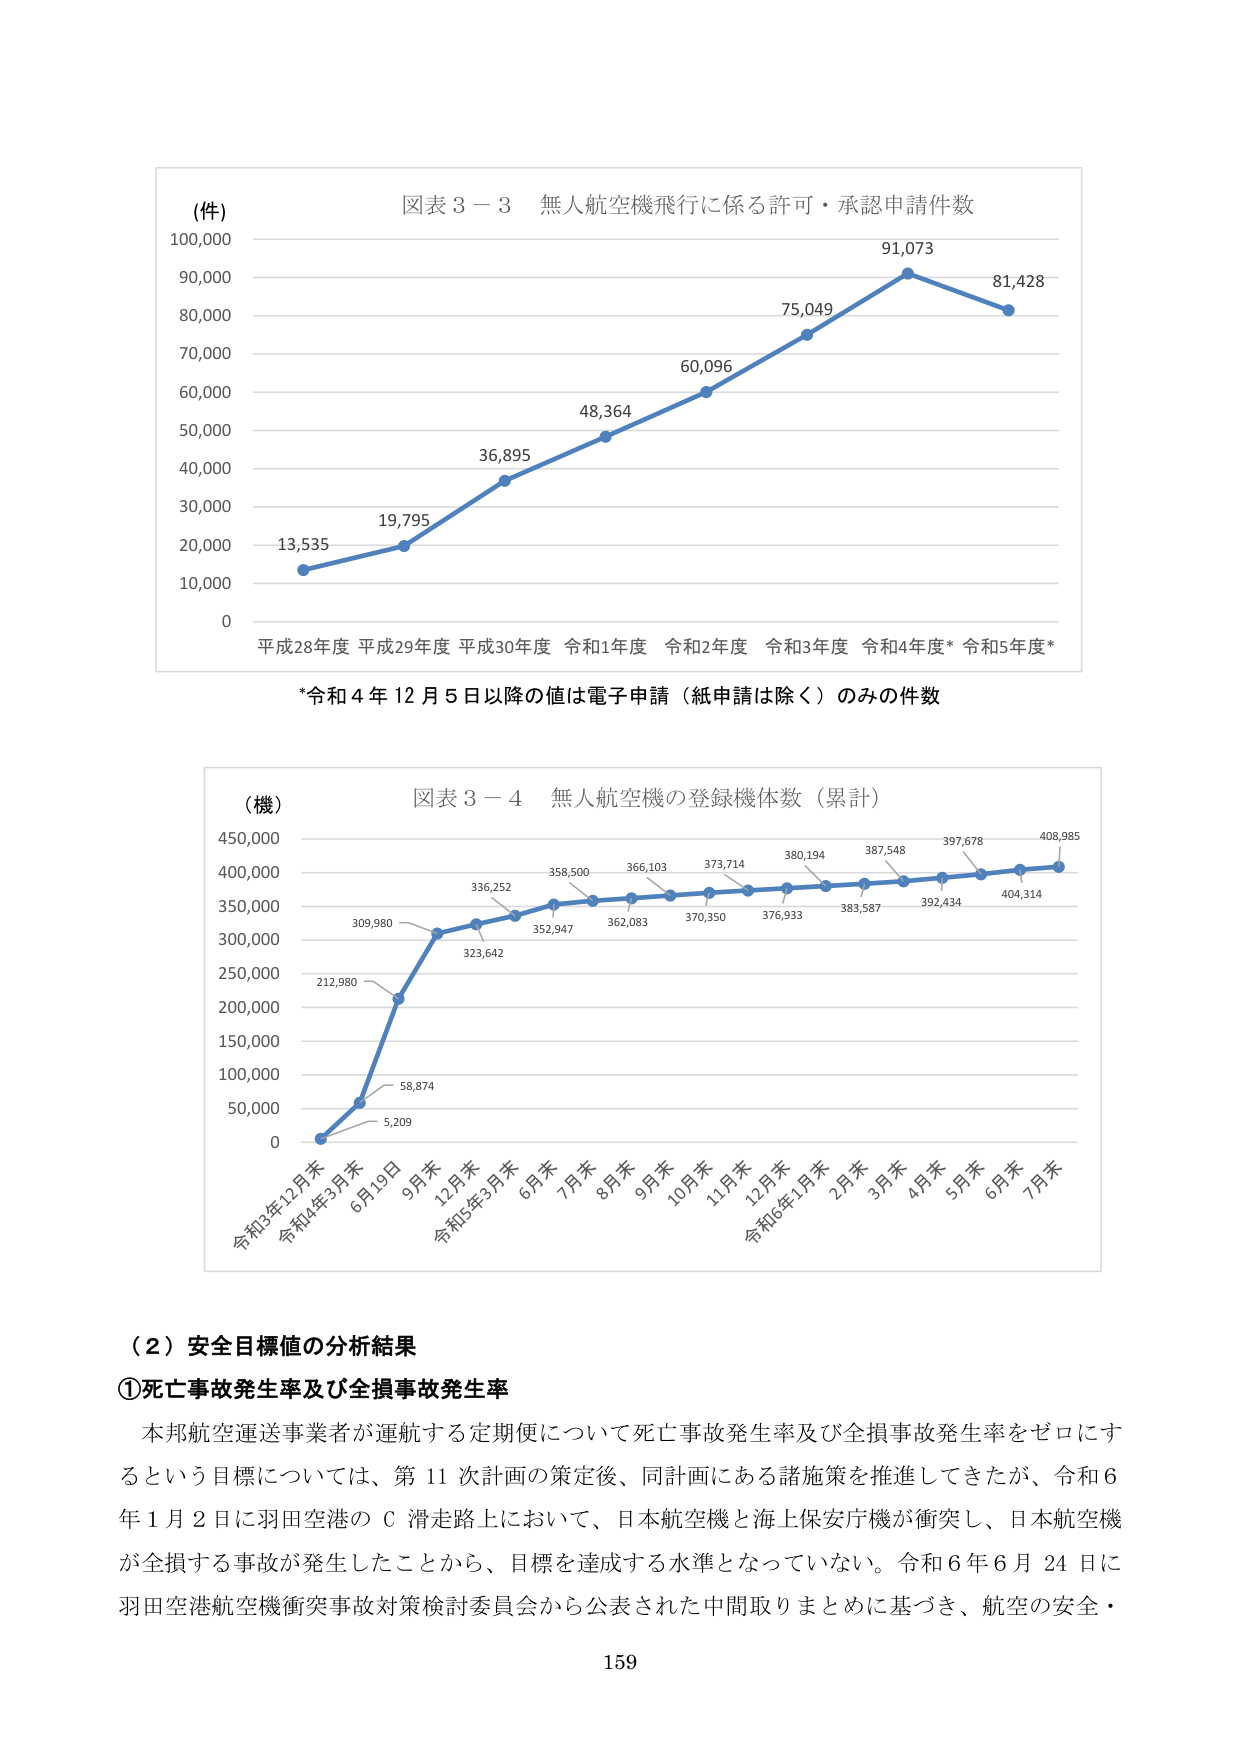
(件)
図表３－３ 無人航空機飛行に係る許可・承認申請件数
100,000
90,000
80,000
70,000
60,000
50,000
40,000
30,000
20,000
10,000
0
平成28年度 平成29年度 平成30年度 令和1年度 令和2年度 令和3年度 令和4年度* 令和5年度*
13,535
19,795
36,895
48,364
60,096
75,049
91,073
81,428
*令和４年12月5日以降の値は電子申請（紙申請は除く）のみの件数

(機)
図表３－４ 無人航空機の登録機体数（累計）
450,000
400,000
350,000
300,000
250,000
200,000
150,000
100,000
50,000
0
令和3年12月末
令和4年3月末
6月19日
9月末
12月末
令和5年3月末
6月末
7月末
8月末
9月末
10月末
11月末
12月末
令和6年1月末
2月末
3月末
4月末
5月末
6月末
7月末
5,209
58,874
212,980
309,980
323,642
336,252
352,947
358,500
362,083
366,103
370,350
373,714
376,933
380,194
383,587
387,548
392,434
397,678
404,314
408,985

（２）安全目標値の分析結果
①死亡事故発生率及び全損事故発生率
本邦航空運送事業者が運航する定期便について死亡事故発生率及び全損事故発生率をゼロにするという目標については、第11次計画の策定後、同計画にある諸施策を推進してきたが、令和6年1月2日に羽田空港のＣ滑走路上において、日本航空機と海上保安庁機が衝突し、日本航空機が全損する事故が発生したことから、目標を達成する水準となっていない。令和6年6月24日に羽田空港航空機衝突事故対策検討委員会から公表された中間取りまとめに基づき、航空の安全・
159